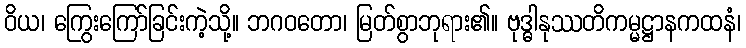
ဝိယ၊ ကြွေးကြော်ခြင်းကဲ့သို့။ ဘဂဝတော၊ မြတ်စွာဘုရား၏။ ဗုဒ္ဓါနုဿတိကမ္မဋ္ဌာနကထနံ၊